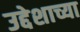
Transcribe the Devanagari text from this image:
उद्देशाच्या